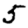
Digit: 5